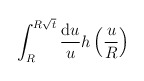
\begin{align*}\int_R^{R\sqrt{t}}\frac{\mathrm{d}u}{u}h\left(\frac{u}{R}\right)\end{align*}